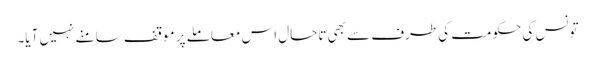
تونس کی حکومت کی طرف سے بھی تاحال اس معاملے پر موقف سامنے نہیں آیا۔